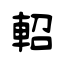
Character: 軺